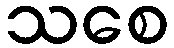
သစေ